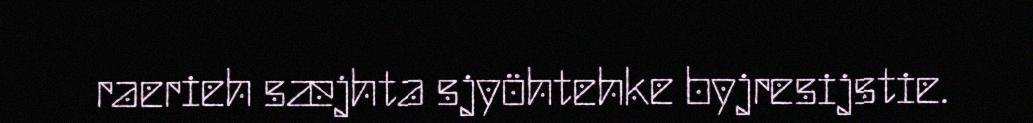
raerieh sæjhta sjyöhtehke byjresijstie.